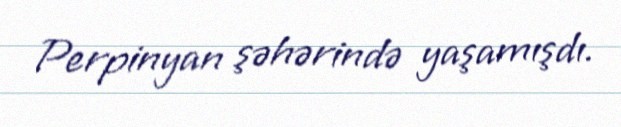
Perpinyan şəhərində yaşamışdı.